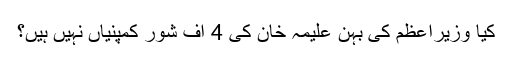
کیا وزیراعظم کی بہن علیمہ خان کی 4 آف شور کمپنیاں نہیں ہیں؟